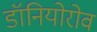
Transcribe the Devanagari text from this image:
डॉनियोरोव